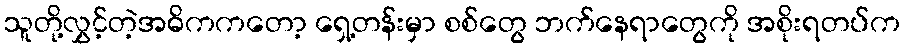
သူတို့လွှင့်တဲ့အဓိကကတော့ ရှေ့တန်းမှာ စစ်တွေ ဘက်နေရာတွေကို အစိုးရတပ်က